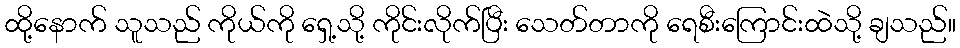
ထို့နောက် သူသည် ကိုယ်ကို ရှေ့သို့ ကိုင်းလိုက်ပြီး သေတ်တာကို ရေစီးကြောင်းထဲသို့ ချသည်။